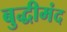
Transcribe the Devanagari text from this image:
बुद्धीमंद